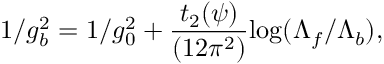
1 / g _ { b } ^ { 2 } = 1 / g _ { 0 } ^ { 2 } + \frac { t _ { 2 } ( \psi ) } { ( 1 2 \pi ^ { 2 } ) } \mathrm { l o g } ( \Lambda _ { f } / \Lambda _ { b } ) ,